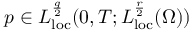
p \in L _ { \mathrm { l o c } } ^ { \frac { q } { 2 } } ( 0 , T ; L _ { \mathrm { l o c } } ^ { \frac { r } { 2 } } ( \Omega ) )